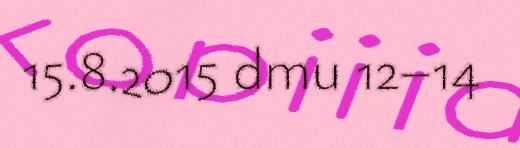
15.8.2015 dmu 12–14